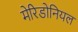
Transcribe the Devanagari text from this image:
मेरिडोनियल